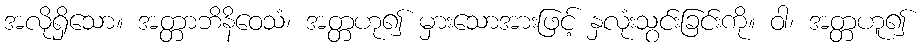
အလိုရှိသော။ အတ္တာဘိနိဝေသံ၊ အတ္တဟု၍ မှားသောအားဖြင့် နှလုံးသွင်းခြင်းကို။ ဝါ၊ အတ္တဟူ၍